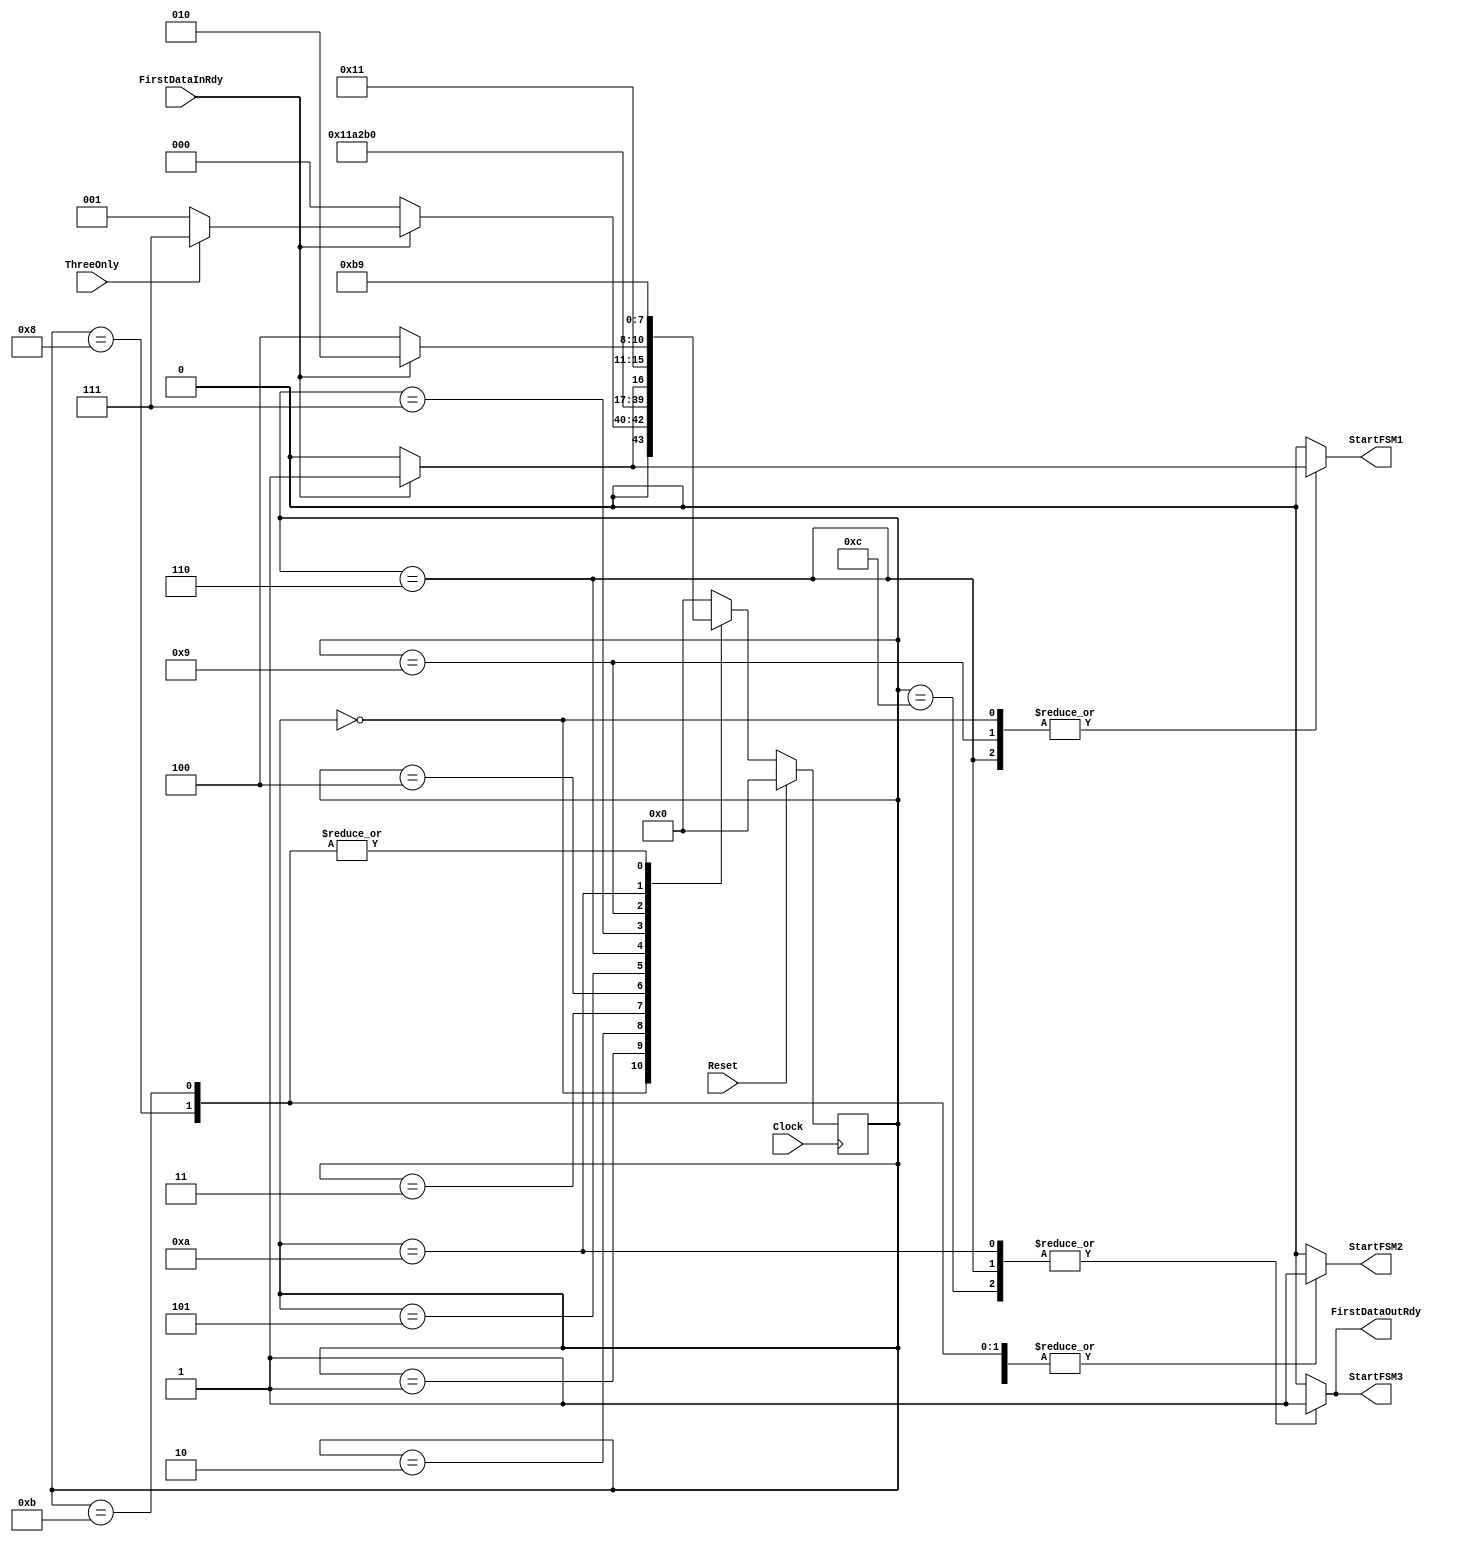
// ************************************************************************
// *  SYNOPSYS CONFIDENTIAL PROPRIETARY NOTE                              *
// *                                                                      *
// *  This software contains information confidential and proprietary     *
// *  to Synopsys, Inc. It shall not be reproduced in whole               *
// *  or in part or transferred to other documents, or disclosed          *
// *  to third parties, or used for any purpose other than that           *
// *  for which it was obtained, without the prior written consent        *
// *  of Synopsys, Inc.                                                   *
// *  Copyright (c) 2012-2013 Synopsys, Inc.                              *
// *  All rights reserved                                                 *
// *                                                                      *
// ************************************************************************


`timescale 1 ns / 1ns
module fsm_master(Clock, Reset, ThreeOnly, FirstDataInRdy,
		StartFSM1, StartFSM2, StartFSM3,FirstDataOutRdy);

   input Clock, Reset, ThreeOnly, FirstDataInRdy;
   output StartFSM1, StartFSM2, StartFSM3;
   output FirstDataOutRdy;
   reg StartFSM1, StartFSM2, StartFSM3,FirstDataOutRdy;
   reg [3:0] CurrStateMasterFSM, NextStateMasterFSM;
   parameter ST0=0,  ST1=1,  ST2=2,  ST3=3,  ST4=4,
             ST5=5,  ST6=6,  ST7=7,  ST8=8,  ST9=9,
             ST10=10,ST11=11,ST12=12;

   // -----------
   // MASTER FSM
   // -----------
   always @(FirstDataInRdy or ThreeOnly or CurrStateMasterFSM)
     begin: MASTER_FSM_COMB
       StartFSM1 = 0;
       StartFSM2 = 0;
       StartFSM3 = 0;
       FirstDataOutRdy = 0;
       case (CurrStateMasterFSM)
          ST0  :  if (FirstDataInRdy)
                    begin
                      StartFSM1 = 1;
                      if (ThreeOnly)
                        NextStateMasterFSM = ST7;
                      else 
                        NextStateMasterFSM = ST1;
                    end
                  else 
                    NextStateMasterFSM = ST0;
          ST1  :  NextStateMasterFSM = ST2;
          ST2  :  begin 
                    StartFSM2 = 1;
                    NextStateMasterFSM = ST3;
                  end
          ST3  :  NextStateMasterFSM = ST4;
          ST4  :  NextStateMasterFSM = ST5;
          ST5  :  NextStateMasterFSM = ST6;
          ST6  :  begin
                    StartFSM3 = 1;
                    FirstDataOutRdy = 1;
                    if (FirstDataInRdy)
                      begin
                        StartFSM1 = 1;
                        NextStateMasterFSM = ST1;
                      end
                    else 
                      NextStateMasterFSM = ST0;
                  end
          ST7  :  NextStateMasterFSM = ST8;
          ST8  :  begin
                    StartFSM2 = 1;
                    NextStateMasterFSM = ST9;
                  end
          ST9  :  begin
                    if (FirstDataInRdy)
                      begin
                        StartFSM1 = 1;
                        NextStateMasterFSM = ST10;
                      end 
                    else 
                      NextStateMasterFSM = ST12;
                  end
          ST10 :  begin
                    StartFSM3 = 1;
                    FirstDataOutRdy = 1;
                    NextStateMasterFSM = ST11;
                  end
          ST11 :  begin
                    StartFSM2 = 1;
                    NextStateMasterFSM = ST9;
                  end
          ST12 :  begin
                    StartFSM3 = 1;
                    FirstDataOutRdy = 1;
                    NextStateMasterFSM = ST0;
                  end
          default :  NextStateMasterFSM = ST0;
       endcase
     end

   always @(posedge Clock)
     begin: MASTER_FSM_SEQ
       if (Reset)
         CurrStateMasterFSM = ST0;
       else
         CurrStateMasterFSM = NextStateMasterFSM;
     end
endmodule